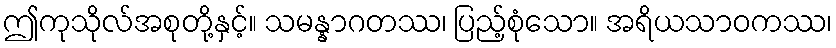
ဤကုသိုလ်အစုတို့နှင့်။ သမန္နာဂတဿ၊ ပြည့်စုံသော။ အရိယသာဝကဿ၊